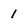
Character: 1